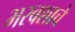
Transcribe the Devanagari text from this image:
भरवशाचे